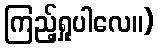
ကြည့်ရှုပါလေ။)